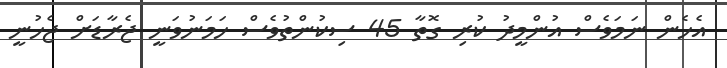
އެހެން ނަމަވެސް އުންމީދު ކުރި ގޮތާ 45 ސިކުންތުވެސް ހަމަނުވަނީ ޖެރާޑަށް ޖެހުނީ